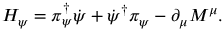
{ \cal H } _ { \psi } = \pi _ { \psi } ^ { \dagger } \dot { \psi } + \dot { \psi } ^ { \dagger } \pi _ { \psi } - \partial _ { \mu } { \cal M } ^ { \mu } .